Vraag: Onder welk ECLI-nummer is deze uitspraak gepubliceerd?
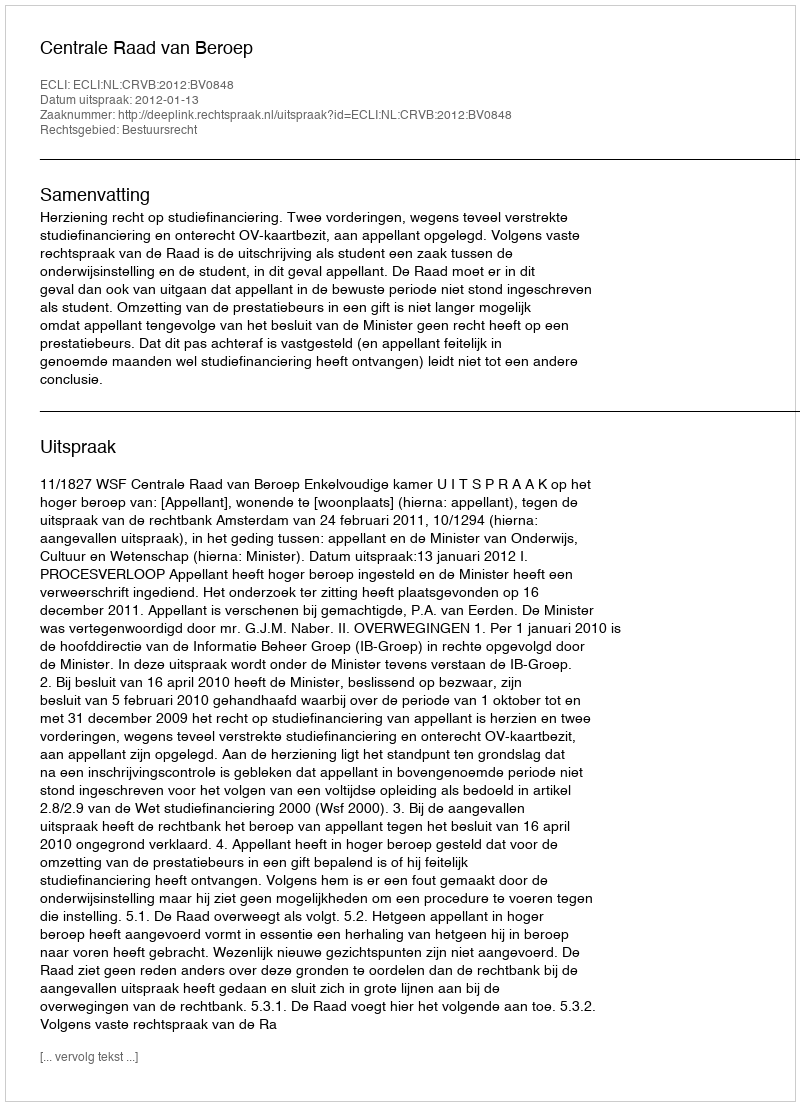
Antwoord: ECLI:NL:CRVB:2012:BV0848